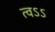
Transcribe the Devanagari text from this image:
त्वऽऽ